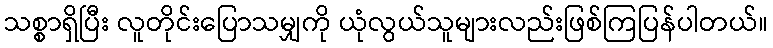
သစ္စာရှိပြီး လူတိုင်းပြောသမျှကို ယုံလွယ်သူများလည်းဖြစ်ကြပြန်ပါတယ်။